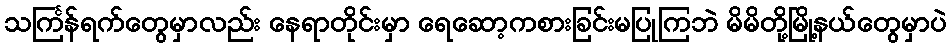
သင်္ကြန်ရက်တွေမှာလည်း နေရာတိုင်းမှာ ရေဆော့ကစားခြင်းမပြုကြဘဲ မိမိတို့မြို့နယ်တွေမှာပဲ